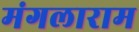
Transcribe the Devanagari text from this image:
मंगलाराम